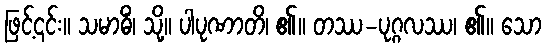
ဖြင့်၎င်း။ သမာဓိံ၊ သို့။ ပါပုဏာတိ၊ ၏။ တဿ-ပုဂ္ဂလဿ၊ ၏။ သော